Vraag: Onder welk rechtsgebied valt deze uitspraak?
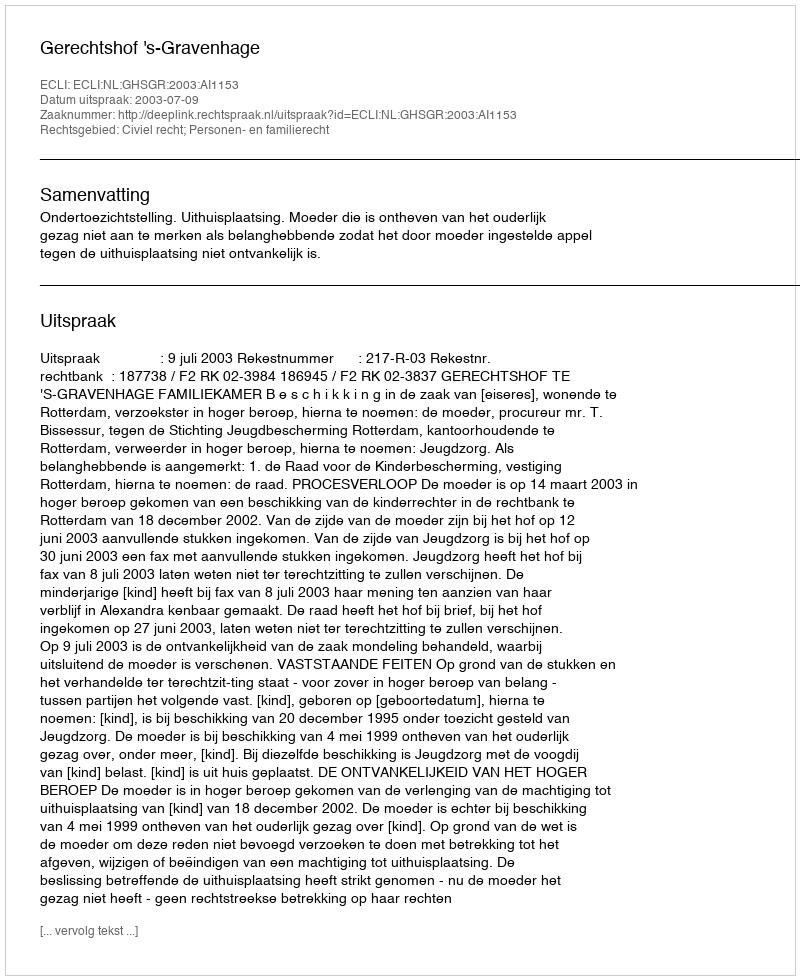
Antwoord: Civiel recht; Personen- en familierecht